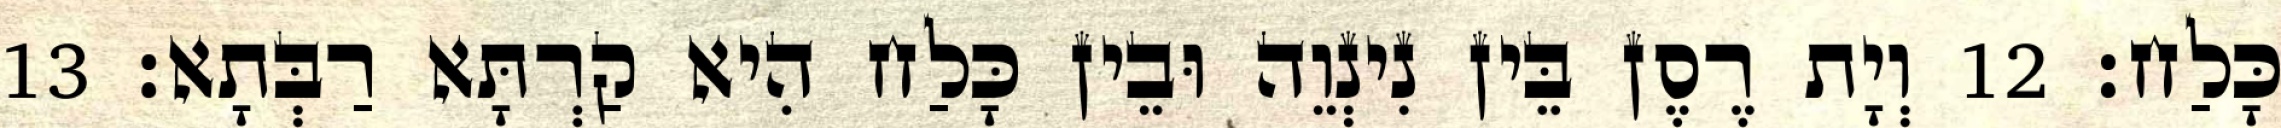
כָּלַח׃ 12 וְיָת רֶסֶן בֵּין נִינְוֵה וּבֵין כָּלַח הִיא קַרְתָּא רַבְּתָא׃ 13